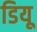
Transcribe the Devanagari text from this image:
डियू